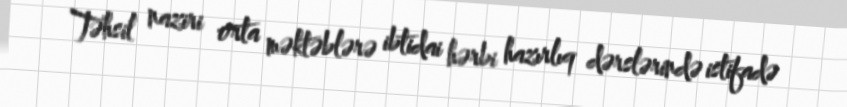
Təhsil naziri orta məktəblərə ibtidai hərbi hazırlıq dərslərində istifadə